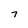
Character: 7